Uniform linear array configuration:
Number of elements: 8
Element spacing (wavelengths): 0.25
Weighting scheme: kaiser
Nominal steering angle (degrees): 15
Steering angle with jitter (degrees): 15.829
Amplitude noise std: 0.05
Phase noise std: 0.05

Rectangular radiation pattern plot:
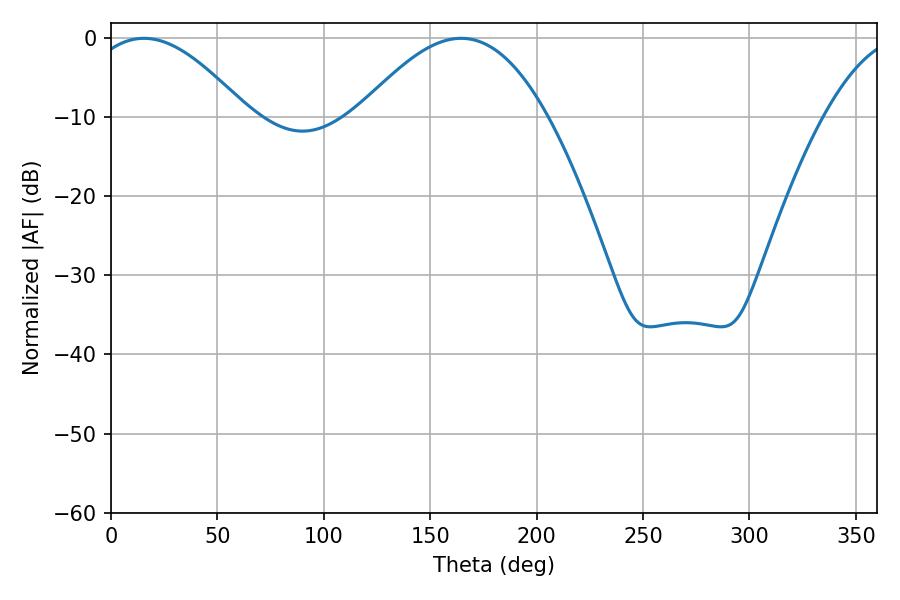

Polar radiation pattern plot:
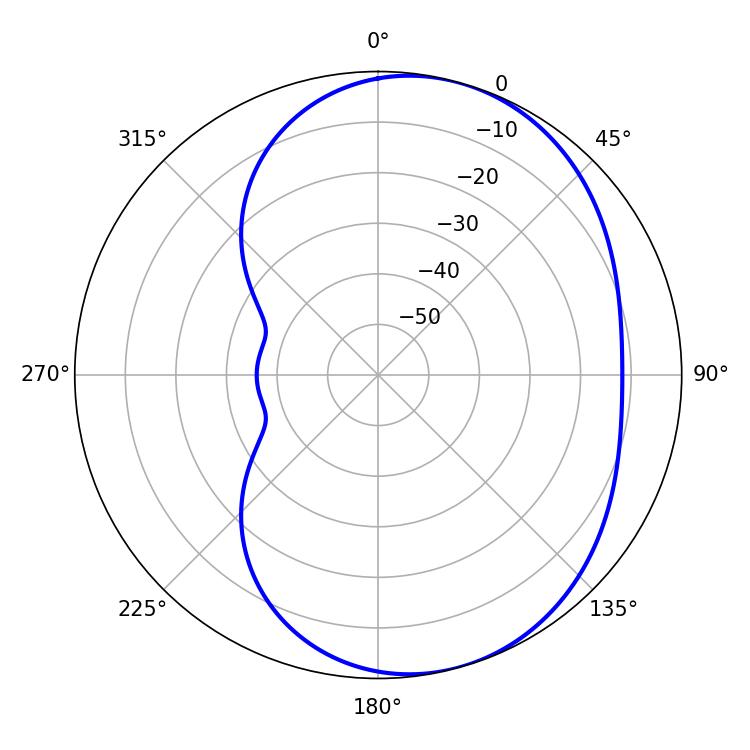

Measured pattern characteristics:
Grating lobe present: FALSE
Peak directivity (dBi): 5.377
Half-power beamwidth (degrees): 41.04
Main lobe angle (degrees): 15.48